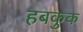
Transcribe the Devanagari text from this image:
हबकुक